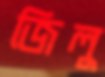
জিলু